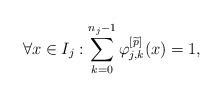
\begin{align*}\forall x \in I_j:\sum_{k = 0}^{n_j-1} \varphi_{j,k}^{\left[\widetilde{p}\right]}(x) = 1,\end{align*}